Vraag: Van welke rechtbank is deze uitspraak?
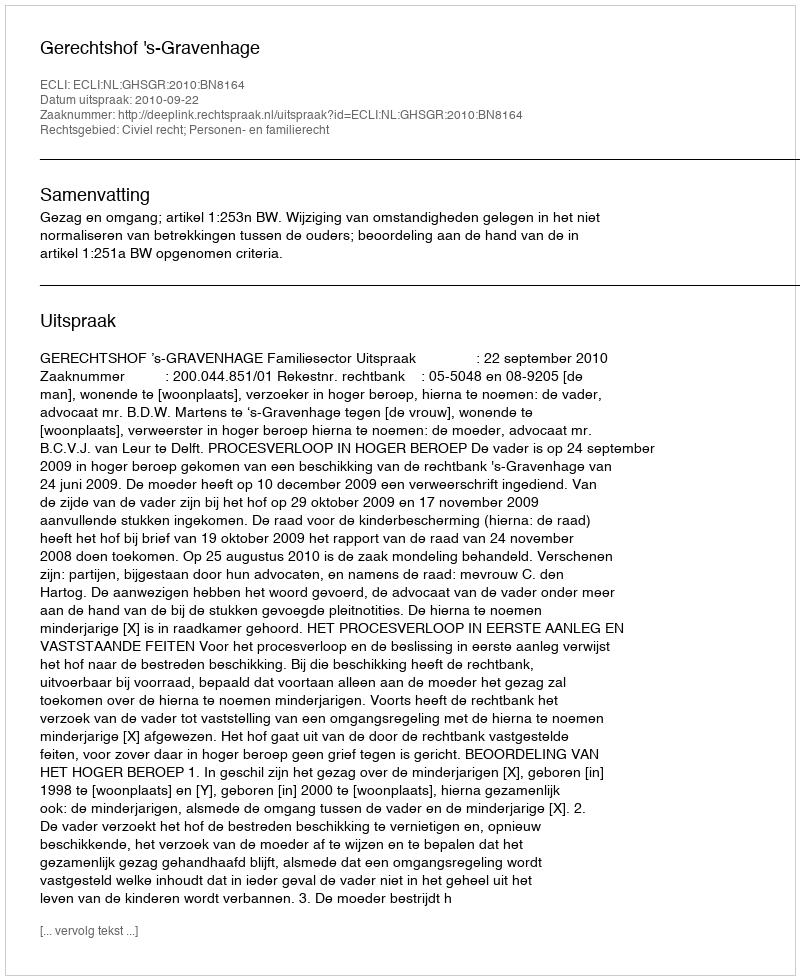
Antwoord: Gerechtshof 's-Gravenhage